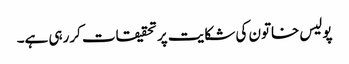
پولیس خاتون کی شکایت پر تحقیقات کررہی ہے۔